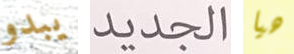
يبدو الجديد هيا